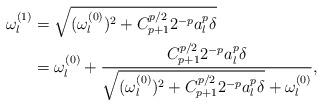
LaTeX: \begin{align*}\omega_l^{(1)}&=\sqrt{(\omega_l^{(0)})^2+C_{p+1}^{p/2}2^{-p}a_l^p\delta}\\&=\omega_l^{(0)}+\frac{C_{p+1}^{p/2}2^{-p}a_l^p\delta}{\sqrt{(\omega_l^{(0)})^2+C_{p+1}^{p/2}2^{-p}a_l^p\delta}+\omega_l^{(0)}},\end{align*}